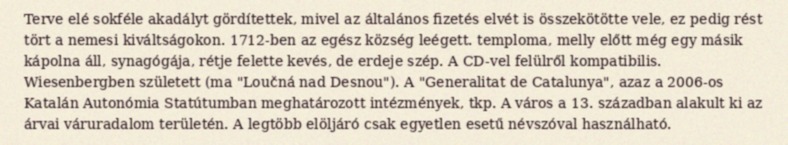
Terve elé sokféle akadályt gördítettek, mivel az általános fizetés elvét is összekötötte vele, ez pedig rést tört a nemesi kiváltságokon. 1712-ben az egész község leégett. temploma, melly előtt még egy másik kápolna áll, synagógája, rétje felette kevés, de erdeje szép. A CD-vel felülről kompatibilis. Wiesenbergben született (ma "Loučná nad Desnou"). A "Generalitat de Catalunya", azaz a 2006-os Katalán Autonómia Statútumban meghatározott intézmények, tkp. A város a 13. században alakult ki az árvai váruradalom területén. A legtöbb elöljáró csak egyetlen esetű névszóval használható.